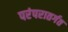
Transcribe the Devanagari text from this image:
परंपरातर्गत